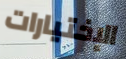
الإختيارات